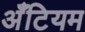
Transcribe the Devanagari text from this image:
अँटियम